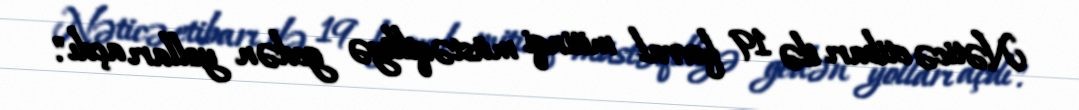
Nəticə etibarı ilə 19 fevral mitinqi müstəqilliyə gedən yolları açdı".